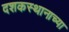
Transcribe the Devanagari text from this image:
दशकस्थानाच्या